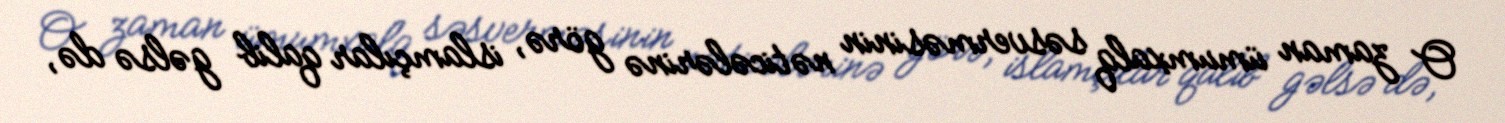
O zaman ümumxalq səsverməsinin nəticələrinə görə, islamçılar qalib gəlsə də,